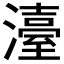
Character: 𤁅